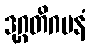
ဒုဂ္ဂတိဂမနံ